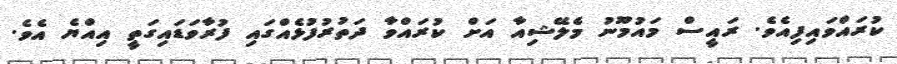
ކުރައްވައިފިއެވެ. ރައީސް މައުމޫނު މެލޭޝިއާ އަށް ކުރައްވާ ދަތުރުފުޅެއްގައި ފުރާވަޑައިގަތީ އިއްޔެ އެވެ.